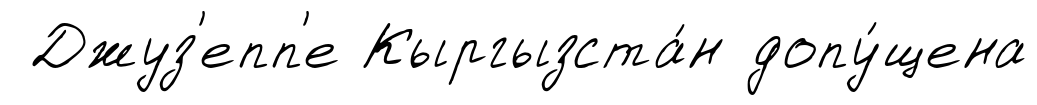
Джуз'епп'е Кыргызста́н допу́щена